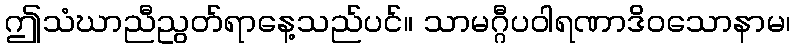
ဤသံဃာညီညွတ်ရာနေ့သည်ပင်။ သာမဂ္ဂီပဝါရဏာဒိဝသောနာမ၊